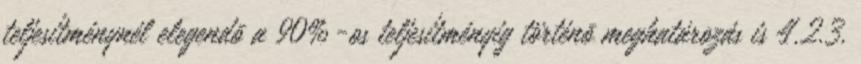
teljesítménynél elegendõ a 90%-os teljesítményig történõ meghatározás is 4.2.3.